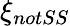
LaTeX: \xi_{notSS}